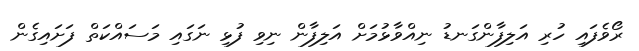
ރޯވެފައި ހުރި އަލިފާންގަނޑު ނިއްވާޅުމަށް އަލިފާން ނިވި ފުޅި ނަގައި މަސައްކަތް ފަށައިގެން